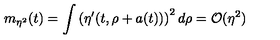
m _ { \eta ^ { 2 } } ( t ) = \int \left( \eta ^ { \prime } ( t , \rho + a ( t ) ) \right) ^ { 2 } d \rho = { \cal O } ( \eta ^ { 2 } )